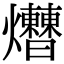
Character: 𤓗